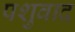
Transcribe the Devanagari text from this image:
पशुवाद